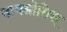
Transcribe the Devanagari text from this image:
डायग्नोसिस्